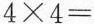
$$4 × 4 =$$